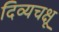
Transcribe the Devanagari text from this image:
दिव्यचक्षू